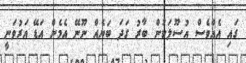
ގައި އެއްވެސް އުސޫލަކުން ބާރު ގަދަ ބަޔެއް ނޫނޭ އެމެން އަޑޭ އަރުވަނީ